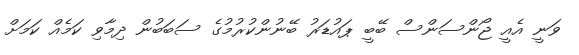
ވަނީ އެއީ ޖޯންސަންސް ބޭބީ ޕައުޑަރު ބޭނުންކުރުމުގެ ސަބަބުން ދިމާވި ކަމެއް ކަމަށް